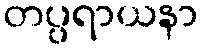
တပ္ပရာယနာ